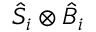
{ \hat { S } } _ { i } \otimes { \hat { B } } _ { i }